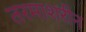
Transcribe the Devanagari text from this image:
तरमाशरीन